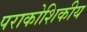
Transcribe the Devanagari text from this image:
पराकोशिकीय